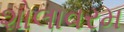
શોલાવરમ